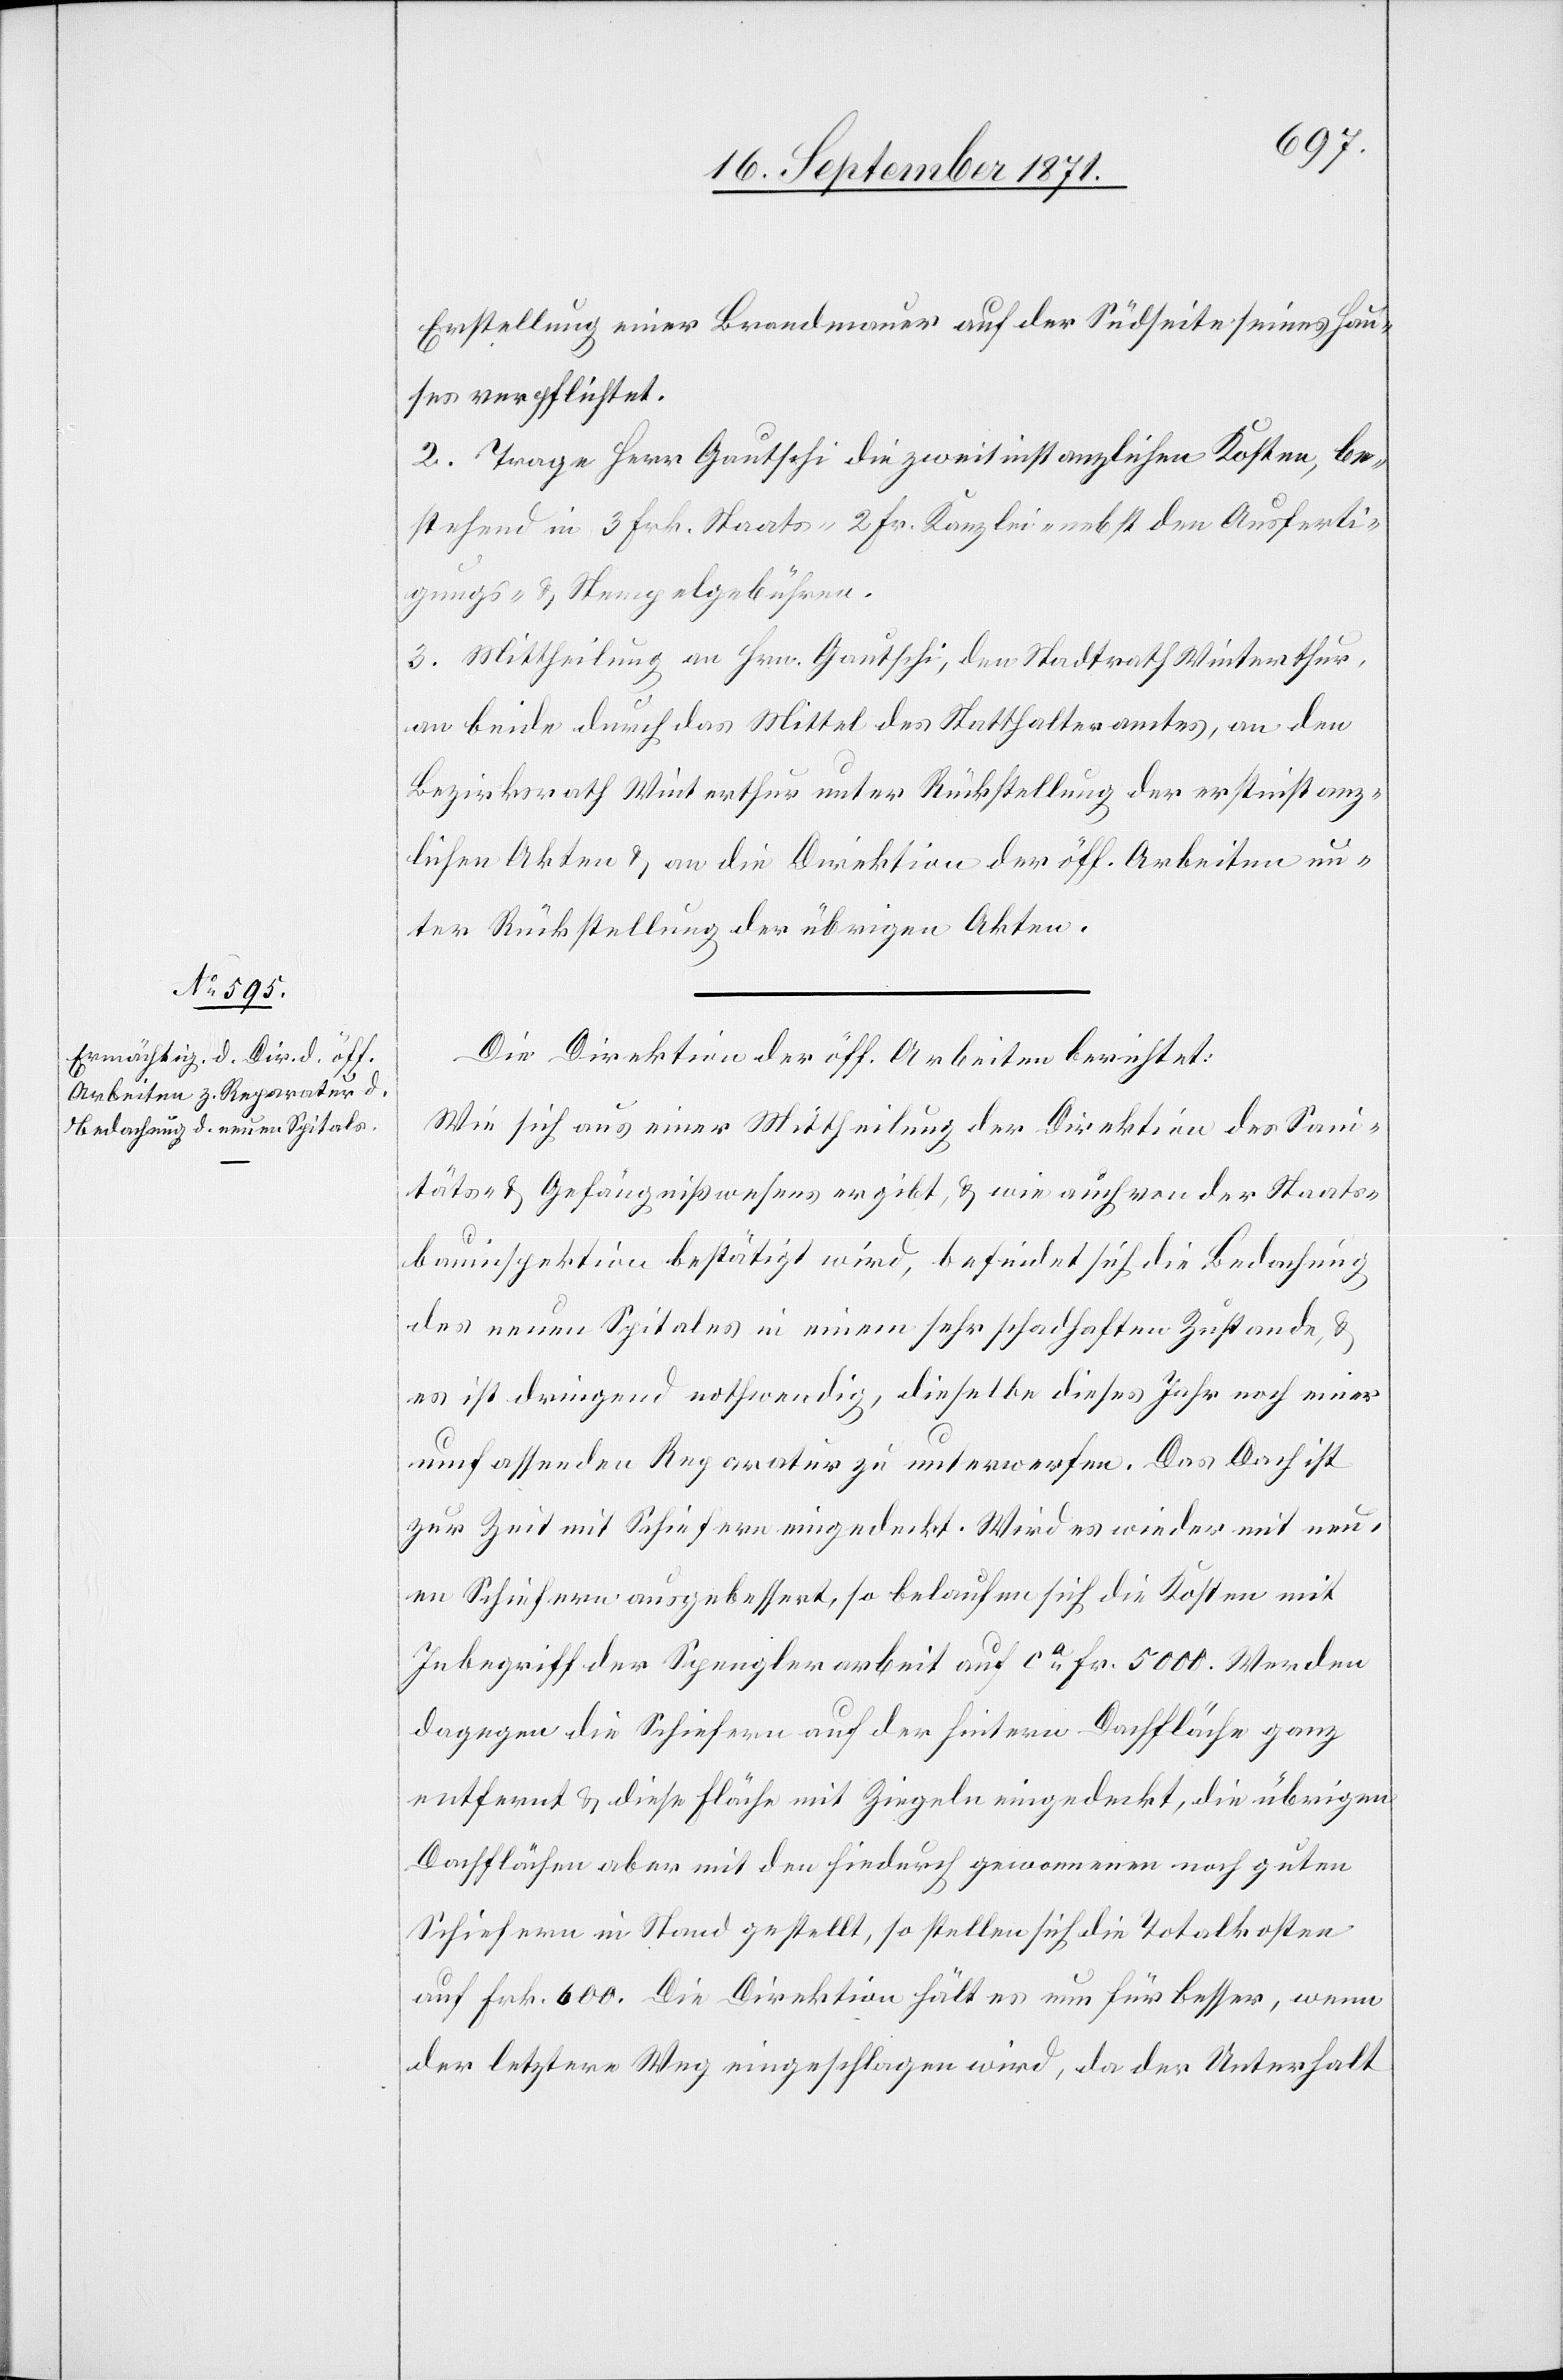
Erstellung einer Brandmauer auf der Südseite seines Hau¬
ses verpflichtet.
2. Trage Herr Gautschi die zweitinstanzlichen Kosten, be¬
stehend in 3 Frk. Staats-[,] 2 Fr. Kanzlei-[,] nebst den Ausferti¬
gungs- & Stempelgebühren.
3. Mittheilung an Hrn. Gautschi, dem Stadtrath Winterthur,
an beide durch das Mittel des Statthalteramtes, an den
Bezirksrath Winterthur unter Rückstellung der erstinstanz¬
lichen Akten & an die Direktion der öff. Arbeiten un¬
ter Rückstellung der übrigen Akten.
Die Direktion der öff. Arbeiten berichtet:
Wie sich aus einer Mittheilung der Direktion des Sani¬
täts- & Gefängnißwesens ergibt & wie auch von der Staats¬
bauinspektion bestätigt wird, befindet sich die Bedachung
des neuen Spitales in einem sehr schadhaften Zustand, &
es ist dringend nothwendig, dieselbe dieses Jahr noch einer
umfassenden Reparatur zu unterwerfen. Das Dach ist
zur Zeit mit Schiefern eingedeckt. Wird es wieder mit neu¬
en Schiefern ausgebessert, so belaufen sich die Kosten mit
Inbegriff der Spenglerarbeit auf ca Fr. 5000. Werden
dagegen die Schiefern auf der heitern Dachfläche ganz
entfernt & diese Fläche mit Ziegeln eingedeckt, die übrigen
Dachflächen aber mit den hiedurch gewonnenen noch guten
Schiefern in Stand gestellt, so stellen sich die Totalkosten
auf Frk. 600. Die Direktion hält es nun für besser, wenn
der letztere Weg eingeschlagen wird, da der Unterhalt